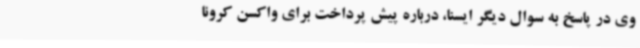
وی در پاسخ به سوال دیگر ایسنا، درباره پیش پرداخت برای واکسن کرونا